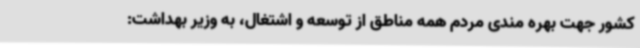
کشور جهت بهره مندی مردم همه مناطق از توسعه و اشتغال، به وزیر بهداشت: